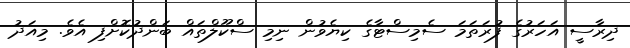
ދިރާސީ އަހަރުގެ ފުރަތަމަ ސެމިސްޓާގެ ކިޔެވުން ނިމި ސްކޫލްތައް ބަންދުކޮށްފި އެވެ. މިއަދު